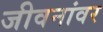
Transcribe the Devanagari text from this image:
जीवनांवर